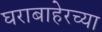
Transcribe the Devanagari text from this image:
घराबाहेरच्या